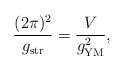
\begin{align*}\frac{(2\pi)^2}{g_{\rm str}}=\frac{V}{g_{\rm YM}^2},\end{align*}